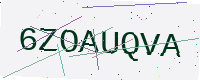
Text: 6ZOAUQVA